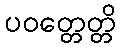
ပဝတ္တေတ္တိ